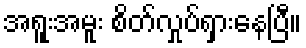
အရူးအမူး စိတ်လှုပ်ရှားနေပြီ။